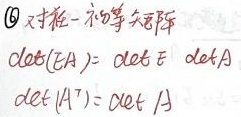
\textcircled{6} 对任一\(n\)阶方阵，\(\mathrm{det}(EA) = \mathrm{det} E\ \mathrm{det}A\)，\(\mathrm{det} (A^{T})= \mathrm{det} A\)